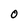
Character: O